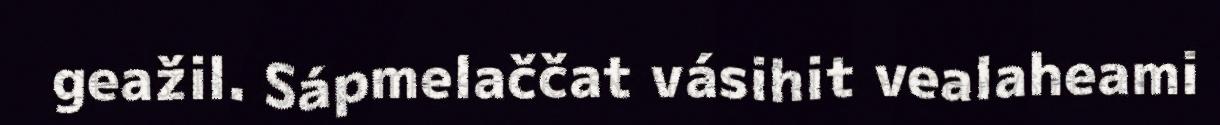
geažil. Sápmelaččat vásihit vealaheami